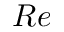
R e